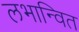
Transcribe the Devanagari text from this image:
लभान्वित